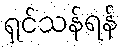
ရှင်သန်ရန်